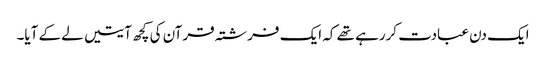
ایک دن عبادت کررہے تھے کہ ایک فرشتہ قرآن کی کچھ آیتیں لے کے آیا۔